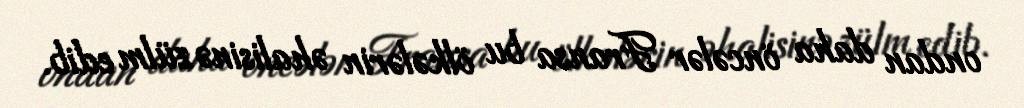
ondan daha öncələr Fransa bu ölkələrin əhalisinə zülm edib.